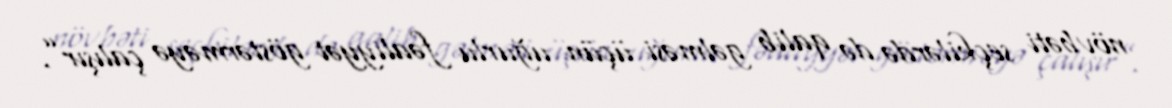
növbəti seçkilərdə də qalib gəlməsi üçün uğurlu fəaliyyət göstərməyə çalışır”.